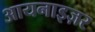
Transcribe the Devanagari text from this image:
आयनाइज़र